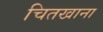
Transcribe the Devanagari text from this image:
चितखाना